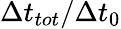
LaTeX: \Delta t_{tot}/\Delta t_{0}